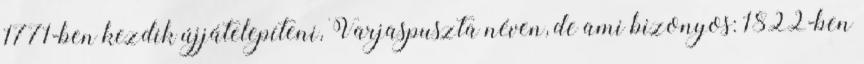
1771-ben kezdik újjátelepíteni, Varjaspuszta néven, de ami bizonyos: 1822-ben